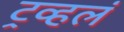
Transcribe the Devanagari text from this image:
ट्रव्हलं